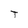
Character: T